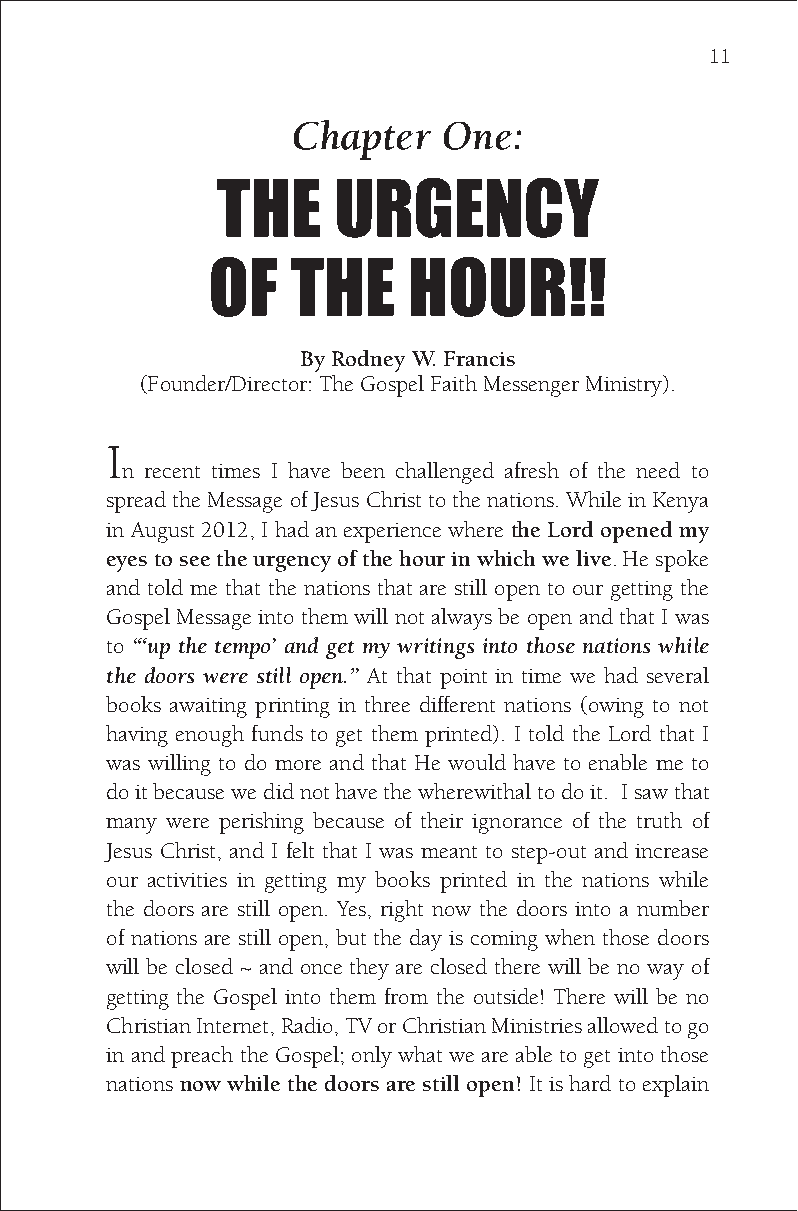
11
 Chapter   One:
 THE     URGENCY
 OF   THE     HOUR!!
 By Rodney W. Francis
 (Founder/Director: The Gospel Faith Messenger Ministry).
 I
 n recent times I have been challenged afresh of the need to
 spread the Message of Jesus Christ to the nations. While in Kenya
 in August 2012, I had an experience where the Lord opened my
 eyes to see the urgency of the hour in which we live. He spoke
 and told me that the nations that are still open to our getting the
 Gospel Message into them will not always be open and that I was
 to “‘up the tempo’ and get my writings into those nations while
 the doors were still open.” At that point in time we had several
 books awaiting printing in three different nations (owing to not
 having enough funds to get them printed). I told the Lord that I
 was willing to do more and that He would have to enable me to
 do it because we did not have the wherewithal to do it. I saw that
 many were perishing because of their ignorance of the truth of
 Jesus Christ, and I felt that I was meant to step-out and increase
 our activities in getting my books printed in the nations while
 the doors are still open. Yes, right now the doors into a number
 of nations are still open, but the day is coming when those doors
 will be closed ~ and once they are closed there will be no way of
 getting the Gospel into them from the outside! There will be no
 Christian Internet, Radio, TV or Christian Ministries allowed to go
 in and preach the Gospel; only what we are able to get into those
 nations now while the doors are still open! It is hard to explain